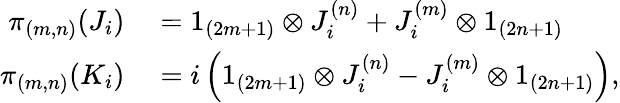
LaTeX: \begin{array}{rl}{\pi_{(m,n)}(J_{i})}&{{}=1_{(2m+1)}\otimes J_{i}^{(n)}+J_{i}^{(m)}\otimes 1_{(2n+1)}}\\ {\pi_{(m,n)}(K_{i})}&{{}=i\left(1_{(2m+1)}\otimes J_{i}^{(n)}-J_{i}^{(m)}\otimes 1_{(2n+1)}\right),}\end{array}